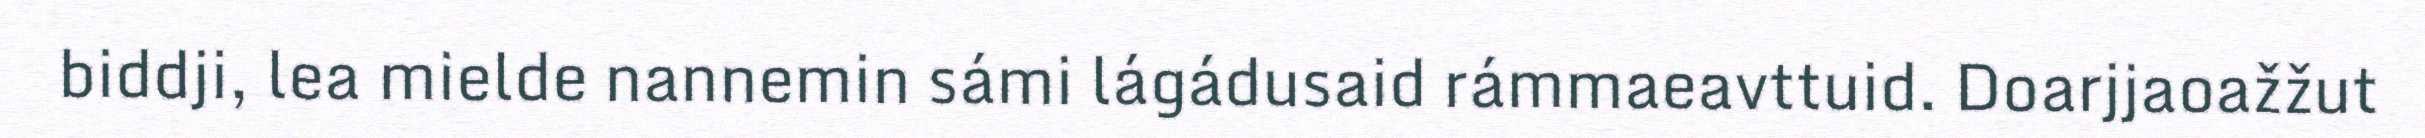
biddji, lea mielde nannemin sámi lágádusaid rámmaeavttuid. Doarjjaoažžut